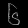
Digit: ၆